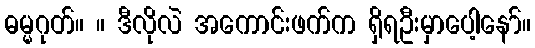
ဓမ္မဂုတ်။ ။ ဒီလိုလဲ အကောင်းဖက်က ရှိရဦးမှာပေါ့နော်။